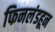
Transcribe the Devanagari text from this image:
फिनलंडहून